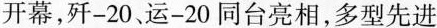
开幕，歼-20、运-20同台亮相，多型先进